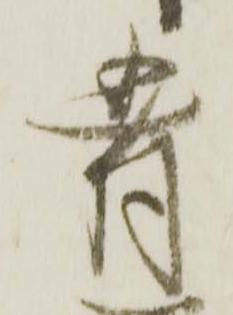
肴